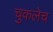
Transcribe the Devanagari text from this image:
चुकलेच